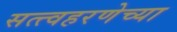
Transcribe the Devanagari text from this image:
सत्त्वहरणेच्या